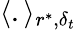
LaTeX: \langle.\rangle_{r^{*},\delta_{t}}